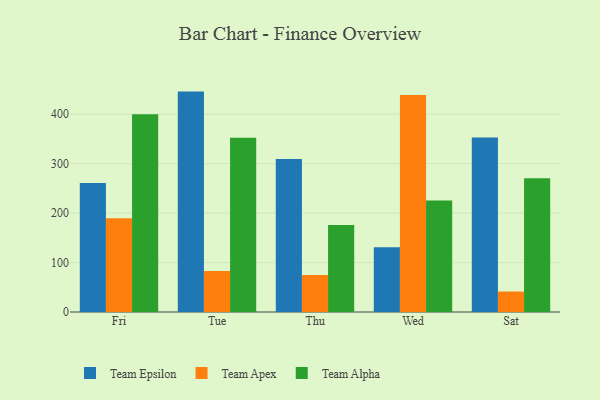
{"axis": {"x": "Day", "y": "Website Visitors"}, "legend": ["Team Alpha", "Team Apex", "Team Epsilon"], "data": [{"x": "Fri", "y": 261.0, "type": "Team Epsilon"}, {"x": "Fri", "y": 189.8, "type": "Team Apex"}, {"x": "Fri", "y": 400.1, "type": "Team Alpha"}, {"x": "Tue", "y": 445.7, "type": "Team Epsilon"}, {"x": "Tue", "y": 82.8, "type": "Team Apex"}, {"x": "Tue", "y": 352.2, "type": "Team Alpha"}, {"x": "Thu", "y": 309.2, "type": "Team Epsilon"}, {"x": "Thu", "y": 74.8, "type": "Team Apex"}, {"x": "Thu", "y": 176.1, "type": "Team Alpha"}, {"x": "Wed", "y": 130.8, "type": "Team Epsilon"}, {"x": "Wed", "y": 438.6, "type": "Team Apex"}, {"x": "Wed", "y": 225.4, "type": "Team Alpha"}, {"x": "Sat", "y": 352.9, "type": "Team Epsilon"}, {"x": "Sat", "y": 41.4, "type": "Team Apex"}, {"x": "Sat", "y": 270.3, "type": "Team Alpha"}]}